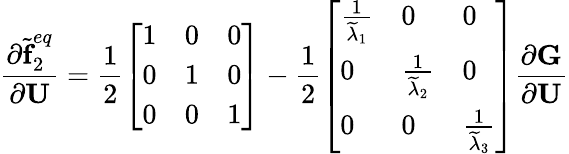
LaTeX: \frac{\partial\widetilde{\textbf{f}}_{2}^{eq}}{\partial\textbf{U}}=\frac{1}{2}\left[\begin{array}{lll}{1}&{0}&{0}\\ {0}&{1}&{0}\\ {0}&{0}&{1}\end{array}\right]-\frac{1}{2}\left[\begin{array}{lll}{\frac{1}{\widetilde{\lambda}_{1}}}&{0}&{0}\\ {0}&{\frac{1}{\widetilde{\lambda}_{2}}}&{0}\\ {0}&{0}&{\frac{1}{\widetilde{\lambda}_{3}}}\end{array}\right]\frac{\partial\textbf{G}}{\partial\textbf{U}}